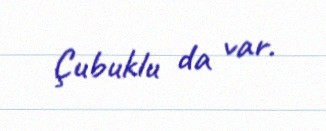
Çubuklu da var.